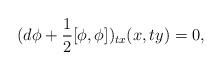
LaTeX: \begin{align*} (d\phi+\frac{1}{2}[\phi,\phi])_{tx}(x,ty)=0,\end{align*}